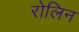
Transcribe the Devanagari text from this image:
रोलिन